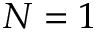
N = 1